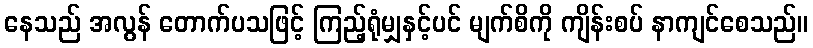
နေသည် အလွန် တောက်ပသဖြင့် ကြည့်ရုံမျှနှင့်ပင် မျက်စိကို ကျိန်းစပ် နာကျင်စေသည်။